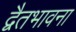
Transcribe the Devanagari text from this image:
द्वैतभावना